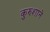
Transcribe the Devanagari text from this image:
कुरुशाने